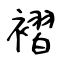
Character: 褶